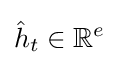
{\hat {h}}_{t}\in \mathbb {R} ^{e}